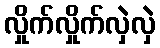
လှိုက်လှိုက်လှဲလှဲ